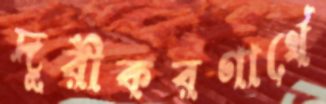
দূরীকরণার্থে